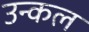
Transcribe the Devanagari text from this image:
उन्कल